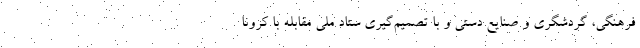
فرهنگی، گردشگری و صنایع دستی و با تصمیم‌گیری ستاد ملی مقابله با کرونا